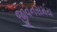
જીવનસમય